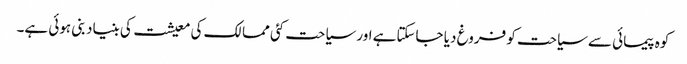
کوہ پیمائی سے سیاحت کو فروغ دیا جاسکتاہے اور سیاحت کئی ممالک کی معیشت کی بنیاد بنی ہوئی ہے۔